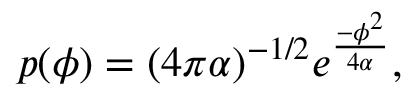
p ( \phi ) = ( 4 \pi \alpha ) ^ { - 1 / 2 } e ^ { \frac { - \phi ^ { 2 } } { 4 \alpha } } ,